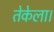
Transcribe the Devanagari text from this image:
तेकेला।